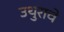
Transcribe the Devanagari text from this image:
उथुराचे